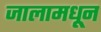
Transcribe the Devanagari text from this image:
जालामधून